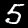
Label: 5